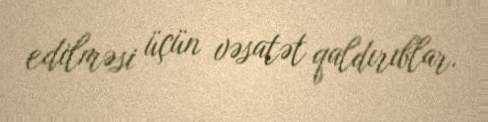
edilməsi üçün vəsatət qaldırıblar.